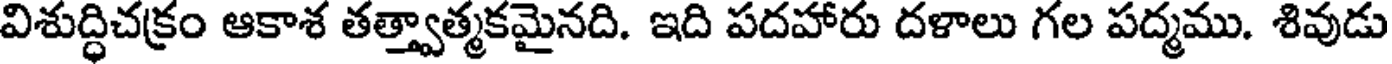
విశుద్ధిచక్రం ఆకాశ తత్త్వాత్మకమైనది. ఇది పదహారు దళాలు గల పద్మము. శివుడు